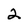
Character: 2